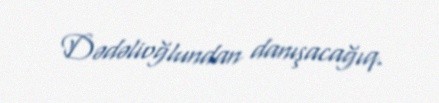
Dədəlioğlundan danışacağıq.